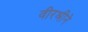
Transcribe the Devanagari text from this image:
वीरश्रीने